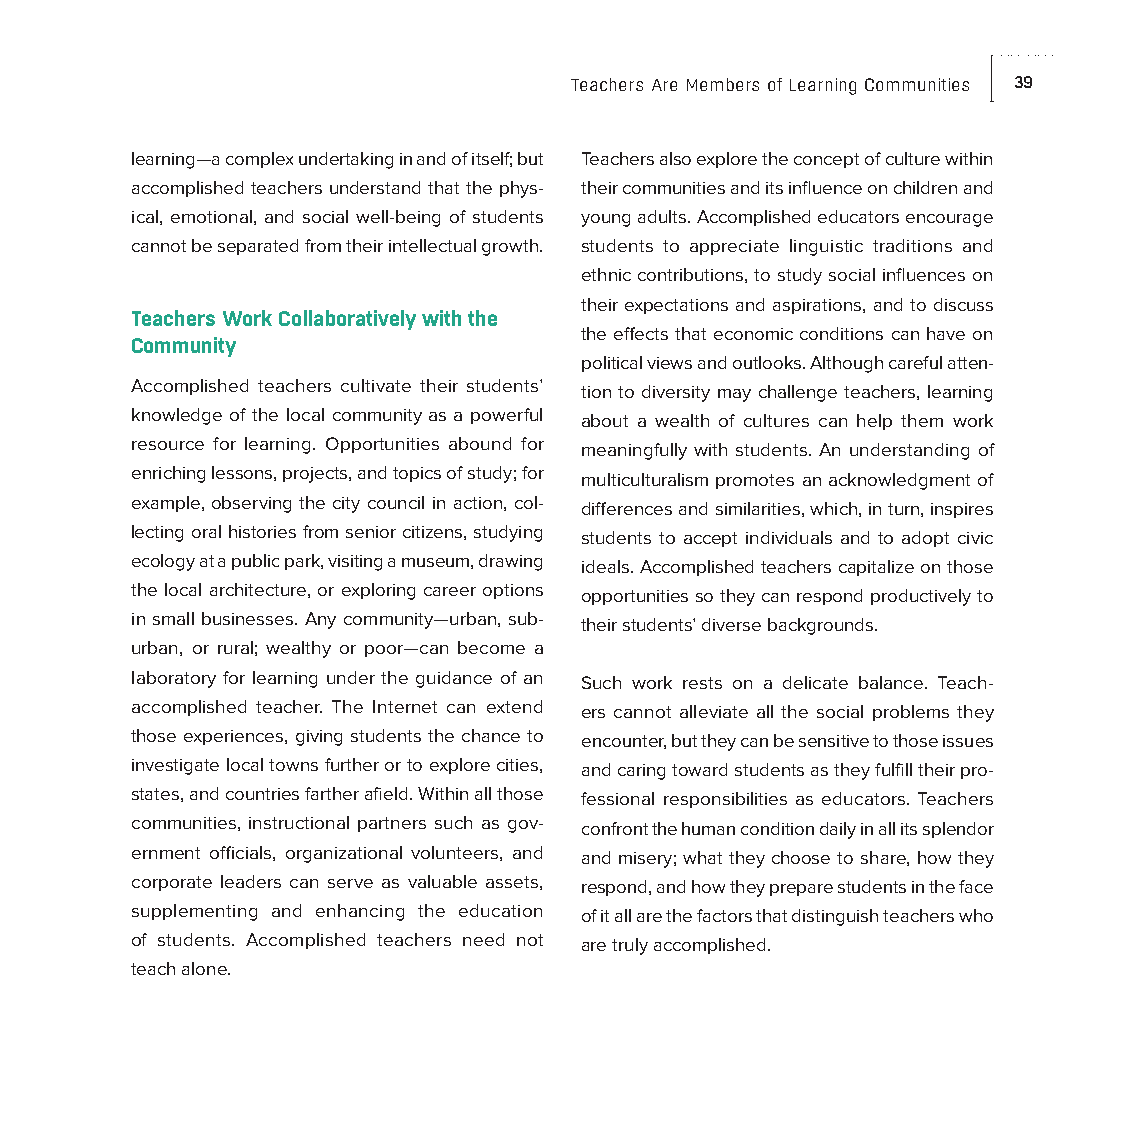
Teachers Are Members of Learning Communities 39
 learning—a complex undertaking in and of itself; but Teachers also explore the concept of culture within
 accomplished teachers understand that the phys- their communities and its influence on children and
 ical, emotional, and social well-being of students young adults. Accomplished educators encourage
 cannot be separated from their intellectual growth. students to appreciate linguistic traditions and
 ethnic contributions, to study social influences on
 their expectations and aspirations, and to discuss
 Teachers Work Collaboratively with the
 the effects that economic conditions can have on
 Community
 political views and outlooks. Although careful atten-
 Accomplished teachers cultivate their students’ tion to diversity may challenge teachers, learning
 knowledge of the local community as a powerful about a wealth of cultures can help them work
 resource for learning. Opportunities abound for meaningfully with students. An understanding of
 enriching lessons, projects, and topics of study; for multiculturalism promotes an acknowledgment of
 example, observing the city council in action, col- differences and similarities, which, in turn, inspires
 lecting oral histories from senior citizens, studying students to accept individuals and to adopt civic
 ecology at a public park, visiting a museum, drawing ideals. Accomplished teachers capitalize on those
 the local architecture, or exploring career options opportunities so they can respond productively to
 in small businesses. Any community—urban, sub- their students’ diverse backgrounds.
 urban, or rural; wealthy or poor—can become a
 laboratory for learning under the guidance of an Such work rests on a delicate balance. Teach-
 accomplished teacher. The Internet can extend ers cannot alleviate all the social problems they
 those experiences, giving students the chance to encounter, but they can be sensitive to those issues
 investigate local towns further or to explore cities, and caring toward students as they fulfill their pro-
 states, and countries farther afield. Within all those fessional responsibilities as educators. Teachers
 communities, instructional partners such as gov- confront the human condition daily in all its splendor
 ernment officials, organizational volunteers, and and misery; what they choose to share, how they
 corporate leaders can serve as valuable assets, respond, and how they prepare students in the face
 supplementing and enhancing the education of it all are the factors that distinguish teachers who
 of students. Accomplished teachers need not are truly accomplished.
 teach alone.